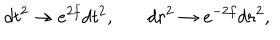
LaTeX: d t ^ { 2 } \to e ^ { 2 f } d t ^ { 2 } , \ \ \ d r ^ { 2 } \to e ^ { - 2 f } d r ^ { 2 } ,